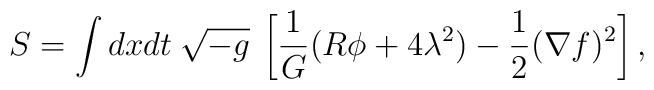
S=\int dxdt\:\sqrt{- {g}} \: \left[\frac{1}{G}(R\phi+4\lambda^2)-\frac{1}{2}(\nabla f)^2 \right],